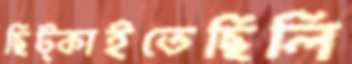
ছিট্‌কাইতেছিলি